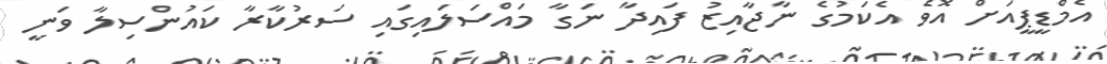
އެމްޑީޕީއަށް އޮވެ އެކަމުގެ ނާޖާއިޒު ފައިދާ ނަގާ މައްސަލައިގައި ސަރުކާރާ ކައުންސިލާ ވަނީ